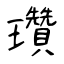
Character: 瓚